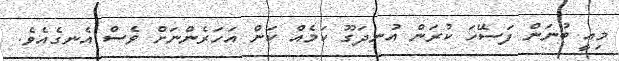
މިއީ ބުނަން ފަސޭހަ ކުރަން އުނދަގޫ ކަމެއް ކަން އަހަރެންނަށް ވެސް އެނގެއެވެ.